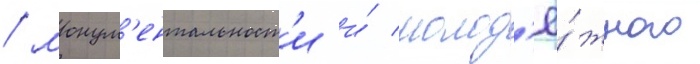
/ монум'ентальност'и и́ молод'ё́жного